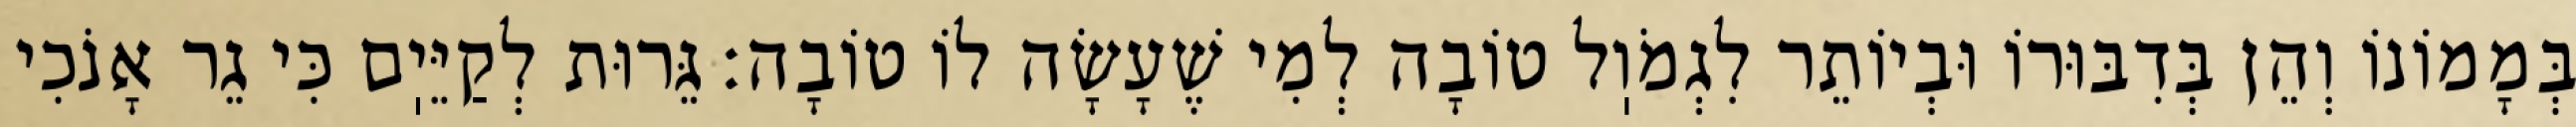
בְּמָמוֹנוֹ וְהֵן בְּדִבּוּרוֹ וּבְיוֹתֵר לִגְמֹוֽל טוֹבָה לְמִי שֶׁעָשָׂה לוֹ טוֹבָה: גֵּרוּת לְקַיֵּיֽם כִּי גֵר אָנֹכִי